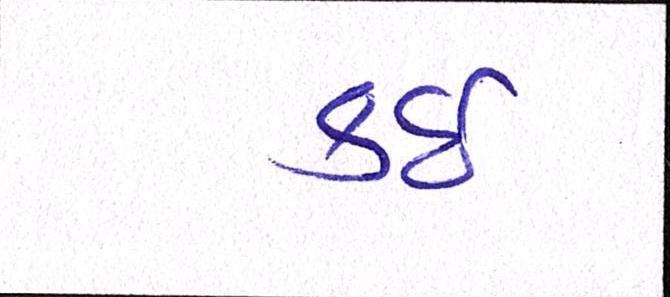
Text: કઇ